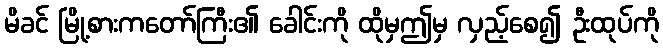
မိခင် မြို့စားကတော်ကြီး၏ ခေါင်းကို ထိုမှဤမှ လှည့်စေ၍ ဦးထုပ်ကို